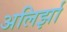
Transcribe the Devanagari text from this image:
अलिर्झा